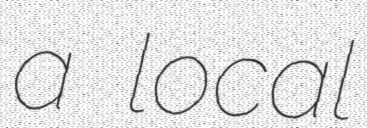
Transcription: a local